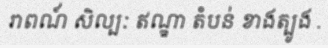
រាពណ៍ សិល្បៈ ឥណ្ឌា តំបន់ ខាងត្បូង .